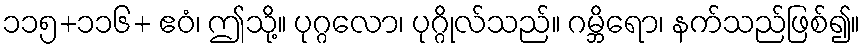
၁၁၅+၁၁၆+ ဧဝံ၊ ဤသို့။ ပုဂ္ဂလော၊ ပုဂ္ဂိုလ်သည်။ ဂမ္ဘိရော၊ နက်သည်ဖြစ်၍။